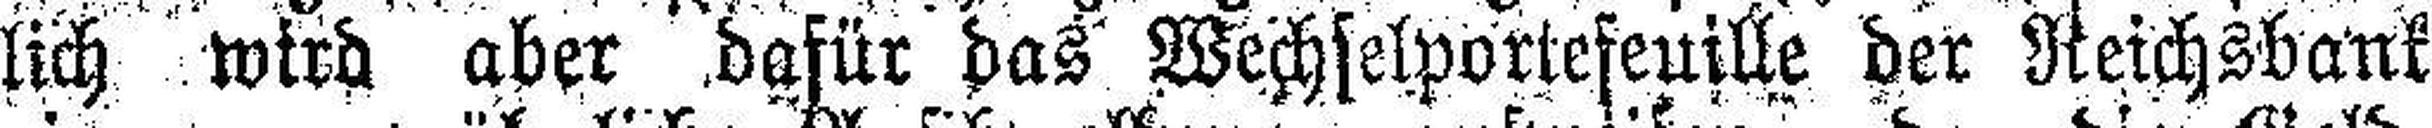
lich wird aber dafür das Wechselportefeuille der Reichsbank